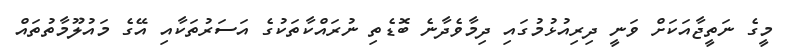
މީގެ ނަތީޖާއަކަށް ވަނީ ދިރިއުޅުމުގައި ދިމާވެދާނެ ބޮޑެތި ނުރައްކާތަކުގެ އަސަރުތަކާއި އޭގެ މައުލޫމާތުތައް